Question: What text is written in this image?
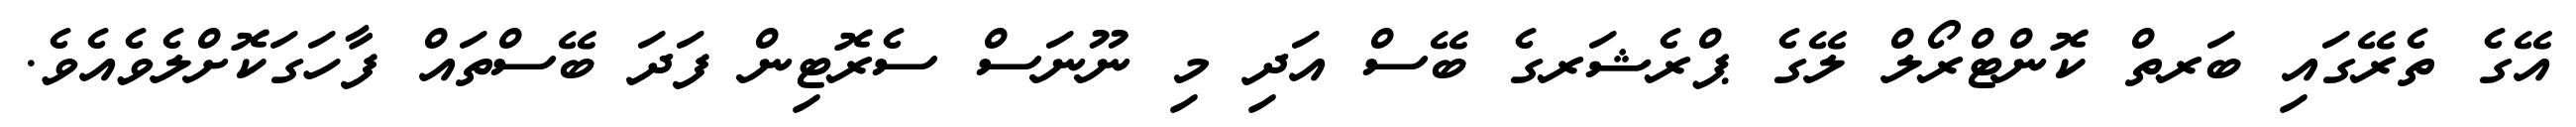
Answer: އޭގެ ތެރޭގައި ބަރތް ކޮންޓްރޯލް ލޭގެ ޕްރެޝަރގެ ބޭސް އަދި މި ނޫނަސް ސެރޮޓިން ފަދަ ބޭސްތައް ފާހަގަކޮށްލެވެއެވެ.